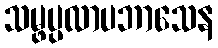
သမ္ဖပ္ပလာပဘာသေန